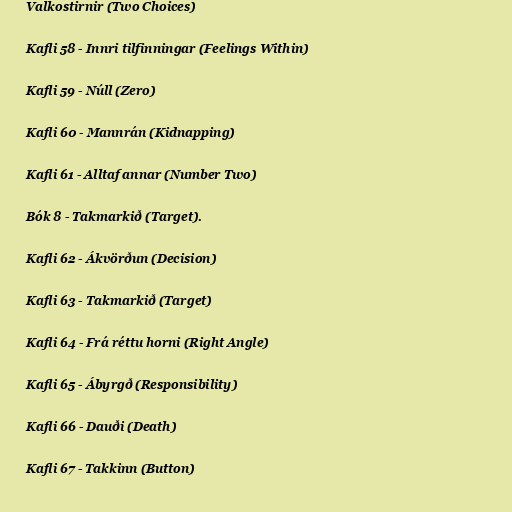
Valkostirnir (Two Choices)

Kafli 58 - Innri tilfinningar (Feelings Within)

Kafli 59 - Núll (Zero)

Kafli 60 - Mannrán (Kidnapping)

Kafli 61 - Alltaf annar (Number Two)

Bók 8 - Takmarkið (Target).

Kafli 62 - Ákvörðun (Decision)

Kafli 63 - Takmarkið (Target)

Kafli 64 - Frá réttu horni (Right Angle)

Kafli 65 - Ábyrgð (Responsibility)

Kafli 66 - Dauði (Death)

Kafli 67 - Takkinn (Button)